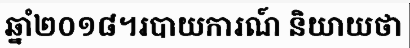
ឆ្នាំ២០១៨។របាយការណ៍ និយាយថា